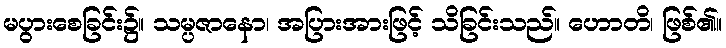
မပွားစေခြင်း၌။ သမ္ပဇာနော၊ အပြားအားဖြင့် သိခြင်းသည်။ ဟောတိ၊ ဖြစ်၏။